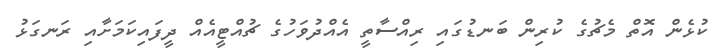
ކުޅެން އޮތް މެޗުގެ ކުރިން ބަނޑުގައި ރިއްސާތީ އެއްދުވަހުގެ ޗުއްޓީއެއް ދީފައިކަމަށާއި ރަނގަޅު